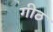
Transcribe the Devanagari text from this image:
गीठ